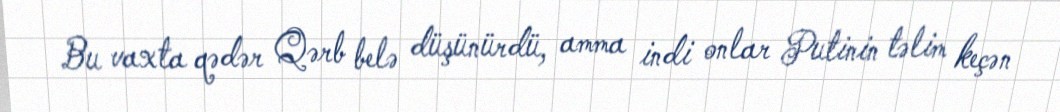
Bu vaxta qədər Qərb belə düşünürdü, amma indi onlar Putinin təlim keçən